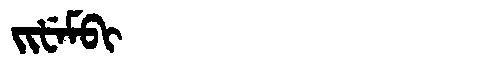
Manchu: ᠵᡳᡶᡝᠮᠪᡳ
Romanization: JIFEMBI